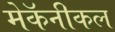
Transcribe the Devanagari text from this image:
मेकॅनीकल